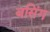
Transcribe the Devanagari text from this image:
बसिंग